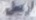
اربیل